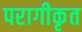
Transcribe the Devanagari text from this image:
परागीकृत